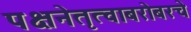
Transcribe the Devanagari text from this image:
पक्षनेतृत्वाबरोबरचे